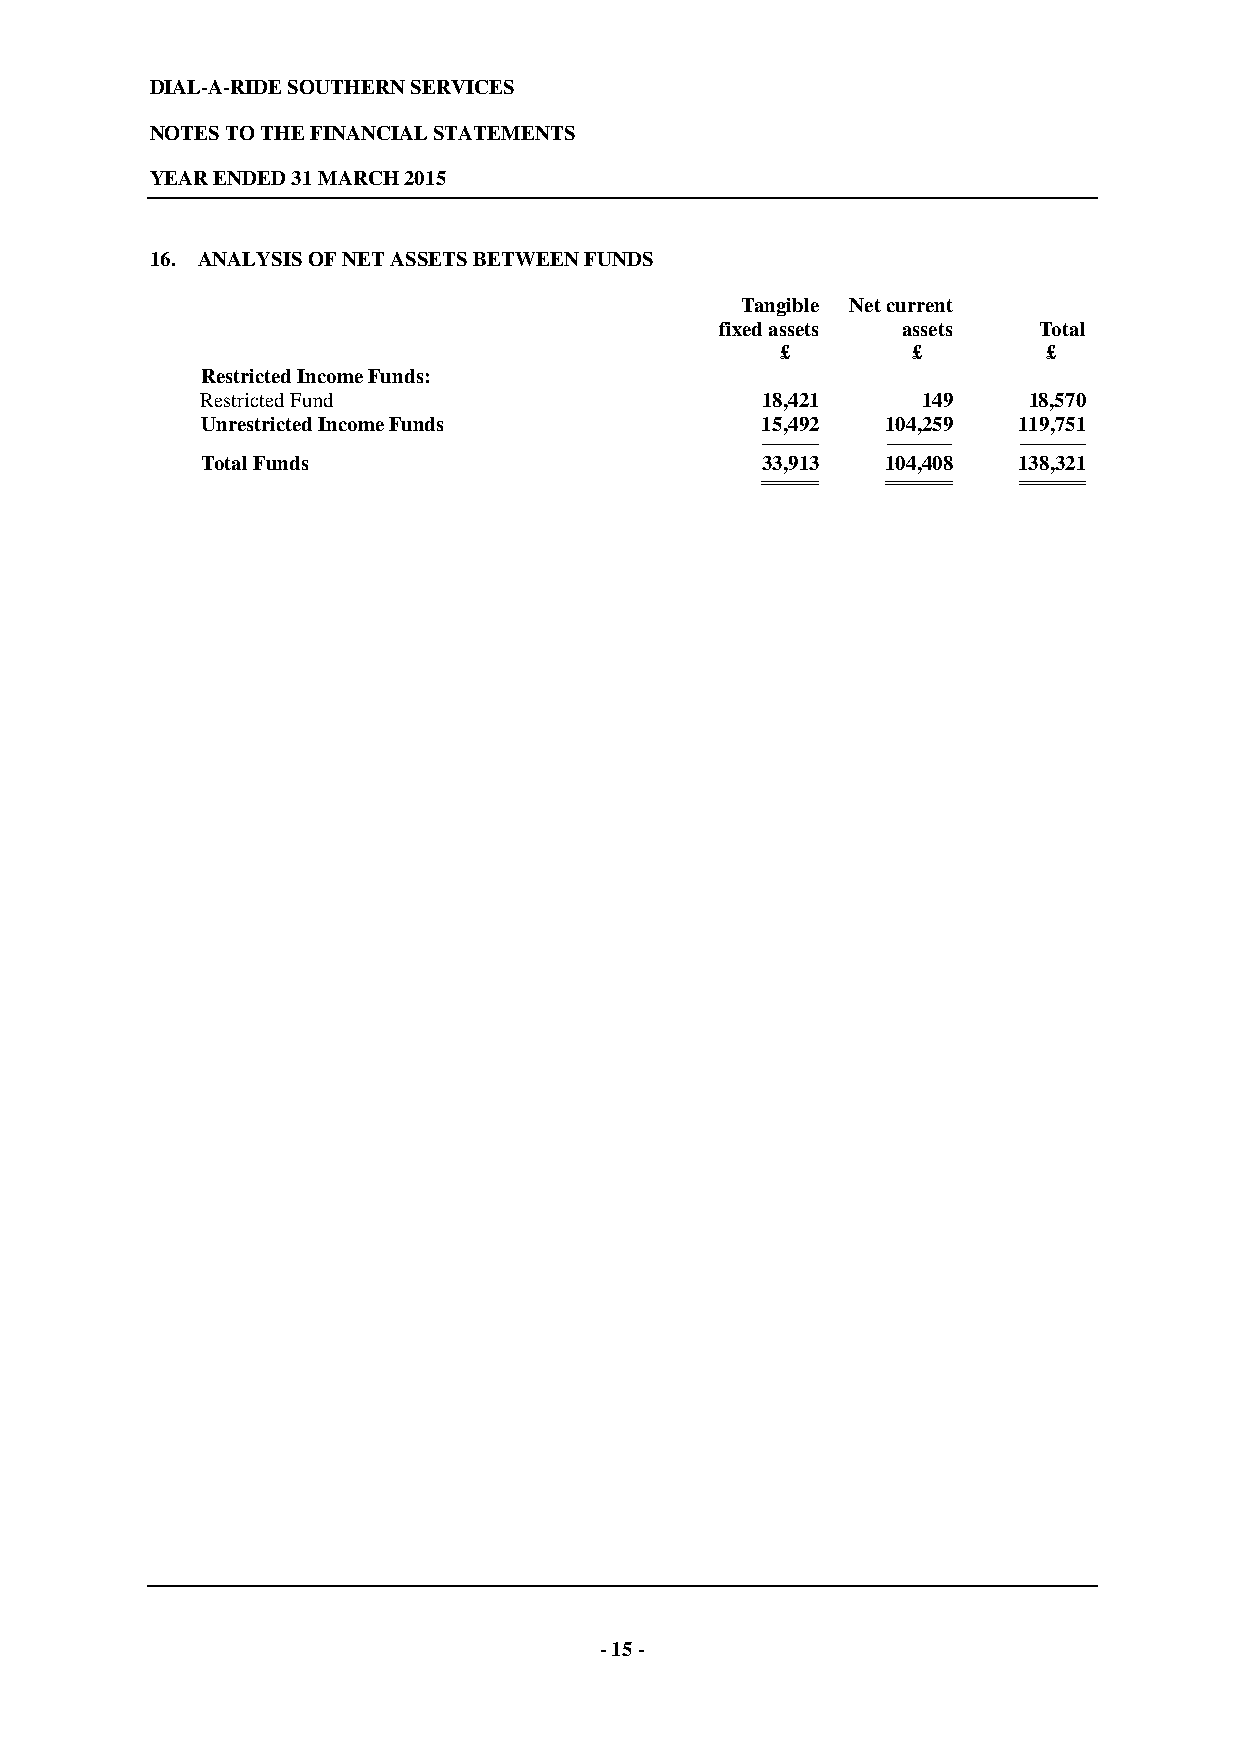
DIAL-A-RIDE SOUTHERN SERVICES
 NOTES TO THE FINANCIAL STATEMENTS
 YEAR ENDED 31 MARCH 2015
 16. ANALYSIS OF NET ASSETS BETWEEN FUNDS
 Tangible Net current
 fixed assets assets  Total
 £       £        £
 Restricted Income Funds:
 Restricted Fund                      18,421     149    18,570
 Unrestricted Income Funds            15,492   104,259 119,751
 ---------------------------- -------------------------------- --------------------------------
 Total Funds                          33,913   104,408 138,321
 ============================ ================================ ================================
 - 15 -